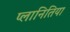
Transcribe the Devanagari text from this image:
प्लानितिया